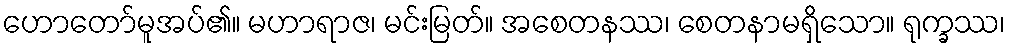
ဟောတော်မူအပ်၏။ မဟာရာဇ၊ မင်းမြတ်။ အစေတနဿ၊ စေတနာမရှိသော။ ရုက္ခဿ၊